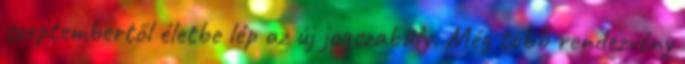
szeptembertől életbe lép az új jogszabály. Még több rendezvény